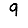
Digit: 9